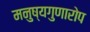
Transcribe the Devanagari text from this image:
मनुष्यगुणारोप